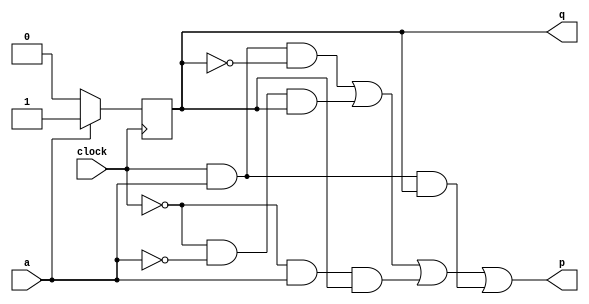
module top_module (
    input clock,
    input a,
    output p,
    output reg q );

// q
initial
begin
    q = 1'b1;
end

always @(negedge clock)
begin
    if(a)
        q <= 1'b1;
    else
        q <= 1'b0;
end

assign p = (clock&a&(~q))|((~clock)&(~a)&q)|((~clock)&a&q)|(clock&a&q);

endmodule